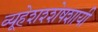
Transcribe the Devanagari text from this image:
व्यूहेशश्शेषशायी